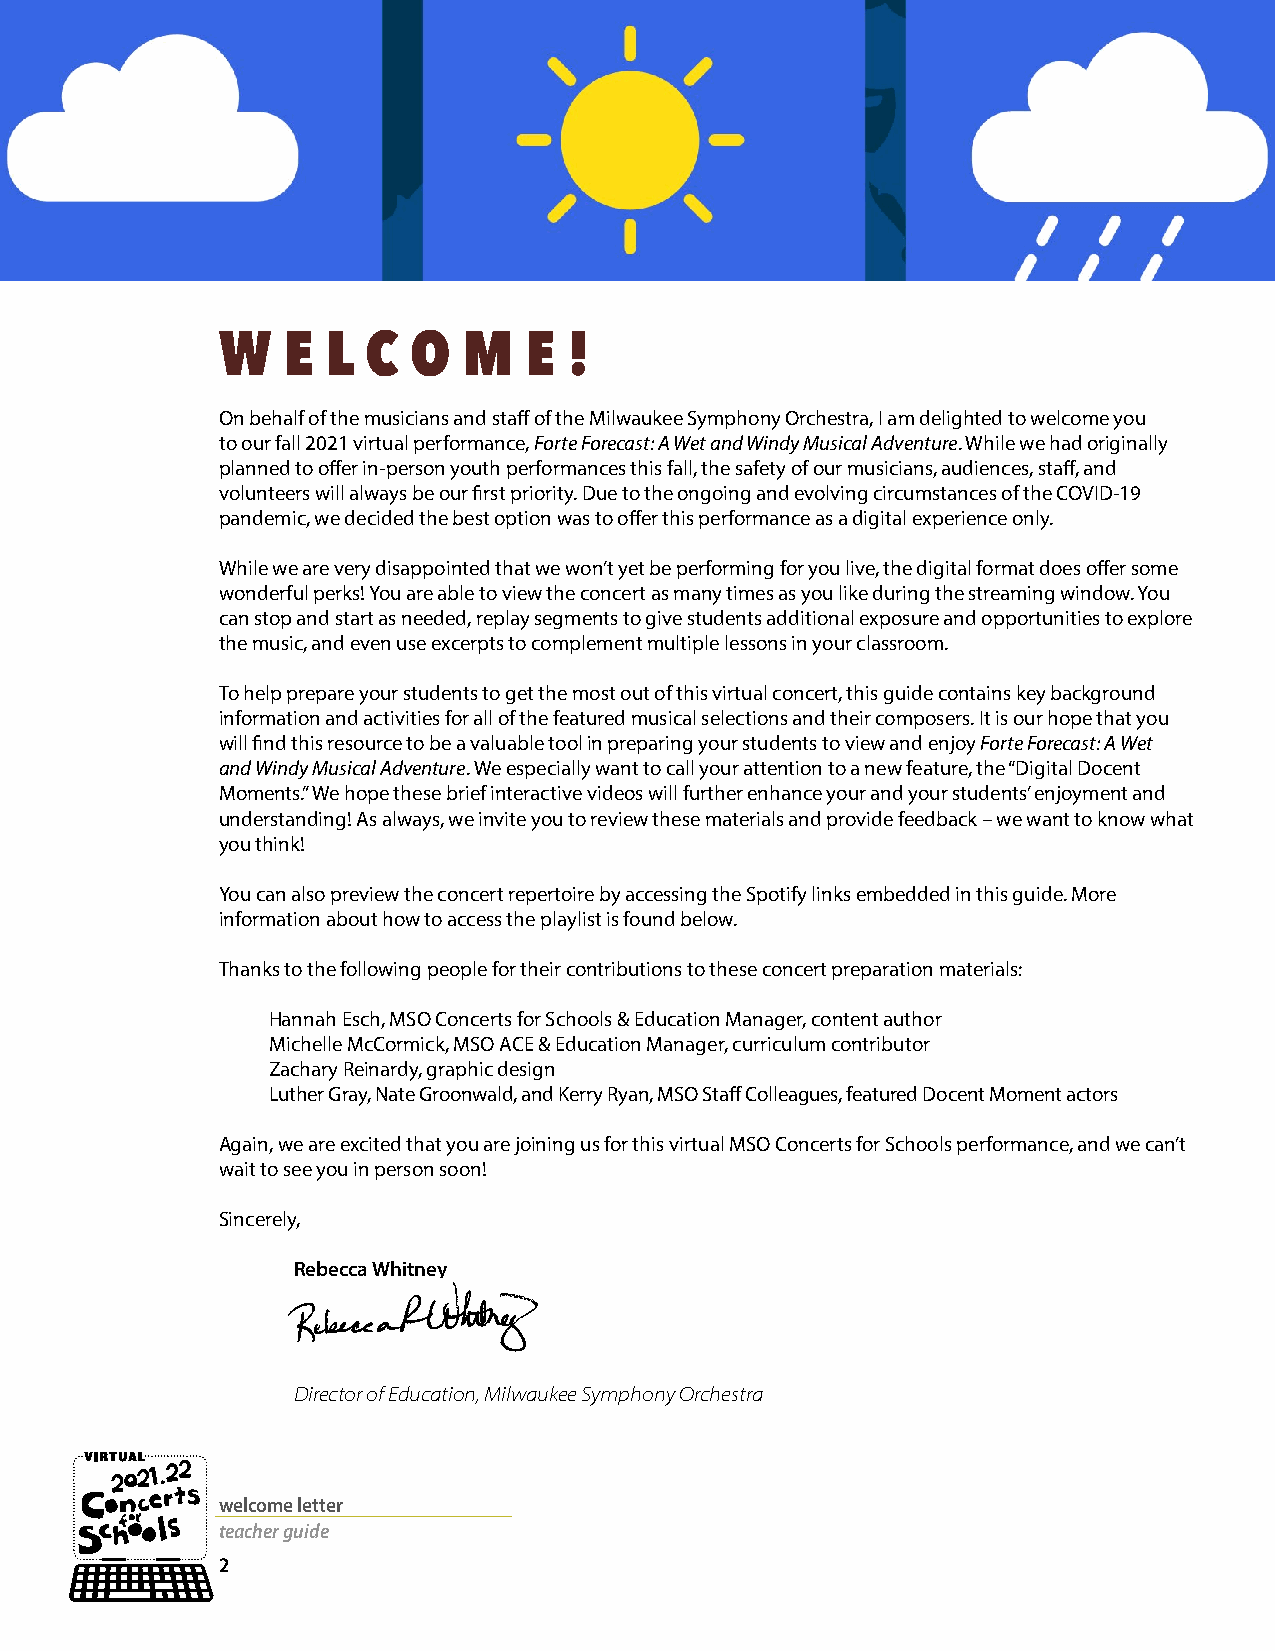
W    E  L C  O   M   E  !
 On behalf of the musicians and staff of the Milwaukee Symphony Orchestra, I am delighted to welcome you
 to our fall 2021 virtual performance, Forte Forecast: A Wet and Windy Musical Adventure. While we had originally
 planned to offer in-person youth performances this fall, the safety of our musicians, audiences, staff, and
 volunteers will always be our first priority. Due to the ongoing and evolving circumstances of the COVID-19
 pandemic, we decided the best option was to offer this performance as a digital experience only.
 While we are very disappointed that we won’t yet be performing for you live, the digital format does offer some
 wonderful perks! You are able to view the concert as many times as you like during the streaming window. You
 can stop and start as needed, replay segments to give students additional exposure and opportunities to explore
 the music, and even use excerpts to complement multiple lessons in your classroom.
 To help prepare your students to get the most out of this virtual concert, this guide contains key background
 information and activities for all of the featured musical selections and their composers. It is our hope that you
 will find this resource to be a valuable tool in preparing your students to view and enjoy Forte Forecast: A Wet
 and Windy Musical Adventure. We especially want to call your attention to a new feature, the “Digital Docent
 Moments.” We hope these brief interactive videos will further enhance your and your students’ enjoyment and
 understanding! As always, we invite you to review these materials and provide feedback – we want to know what
 you think!
 You can also preview the concert repertoire by accessing the Spotify links embedded in this guide. More
 information about how to access the playlist is found below.
 Thanks to the following people for their contributions to these concert preparation materials:
 Hannah Esch, MSO Concerts for Schools & Education Manager, content author
 Michelle McCormick, MSO ACE & Education Manager, curriculum contributor
 Zachary Reinardy, graphic design
 Luther Gray, Nate Groonwald, and Kerry Ryan, MSO Staff Colleagues, featured Docent Moment actors
 Again, we are excited that you are joining us for this virtual MSO Concerts for Schools performance, and we can’t
 wait to see you in person soon!
 Sincerely,
 Rebecca Whitney
 Director of Education, Milwaukee Symphony Orchestra
 welcome letter
 teacher guide
 2